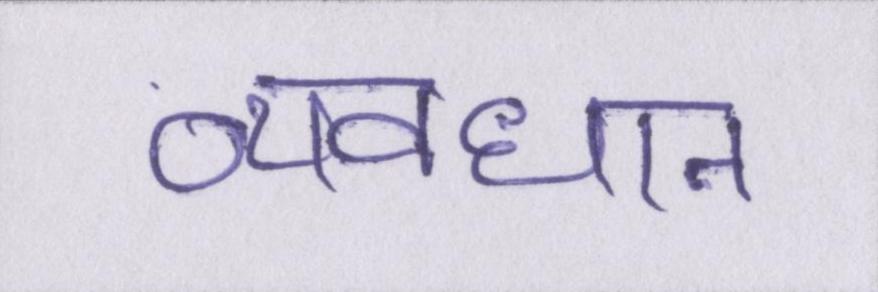
व्यवधान